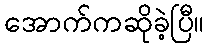
အောက်ကဆိုခဲ့ပြီ။